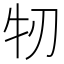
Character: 牣